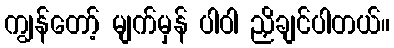
ကျွန်တော့် မျက်မှန် ပါဝါ ညှိချင်ပါတယ်။